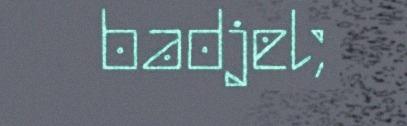
badjel;